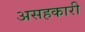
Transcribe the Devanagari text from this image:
असहकारी